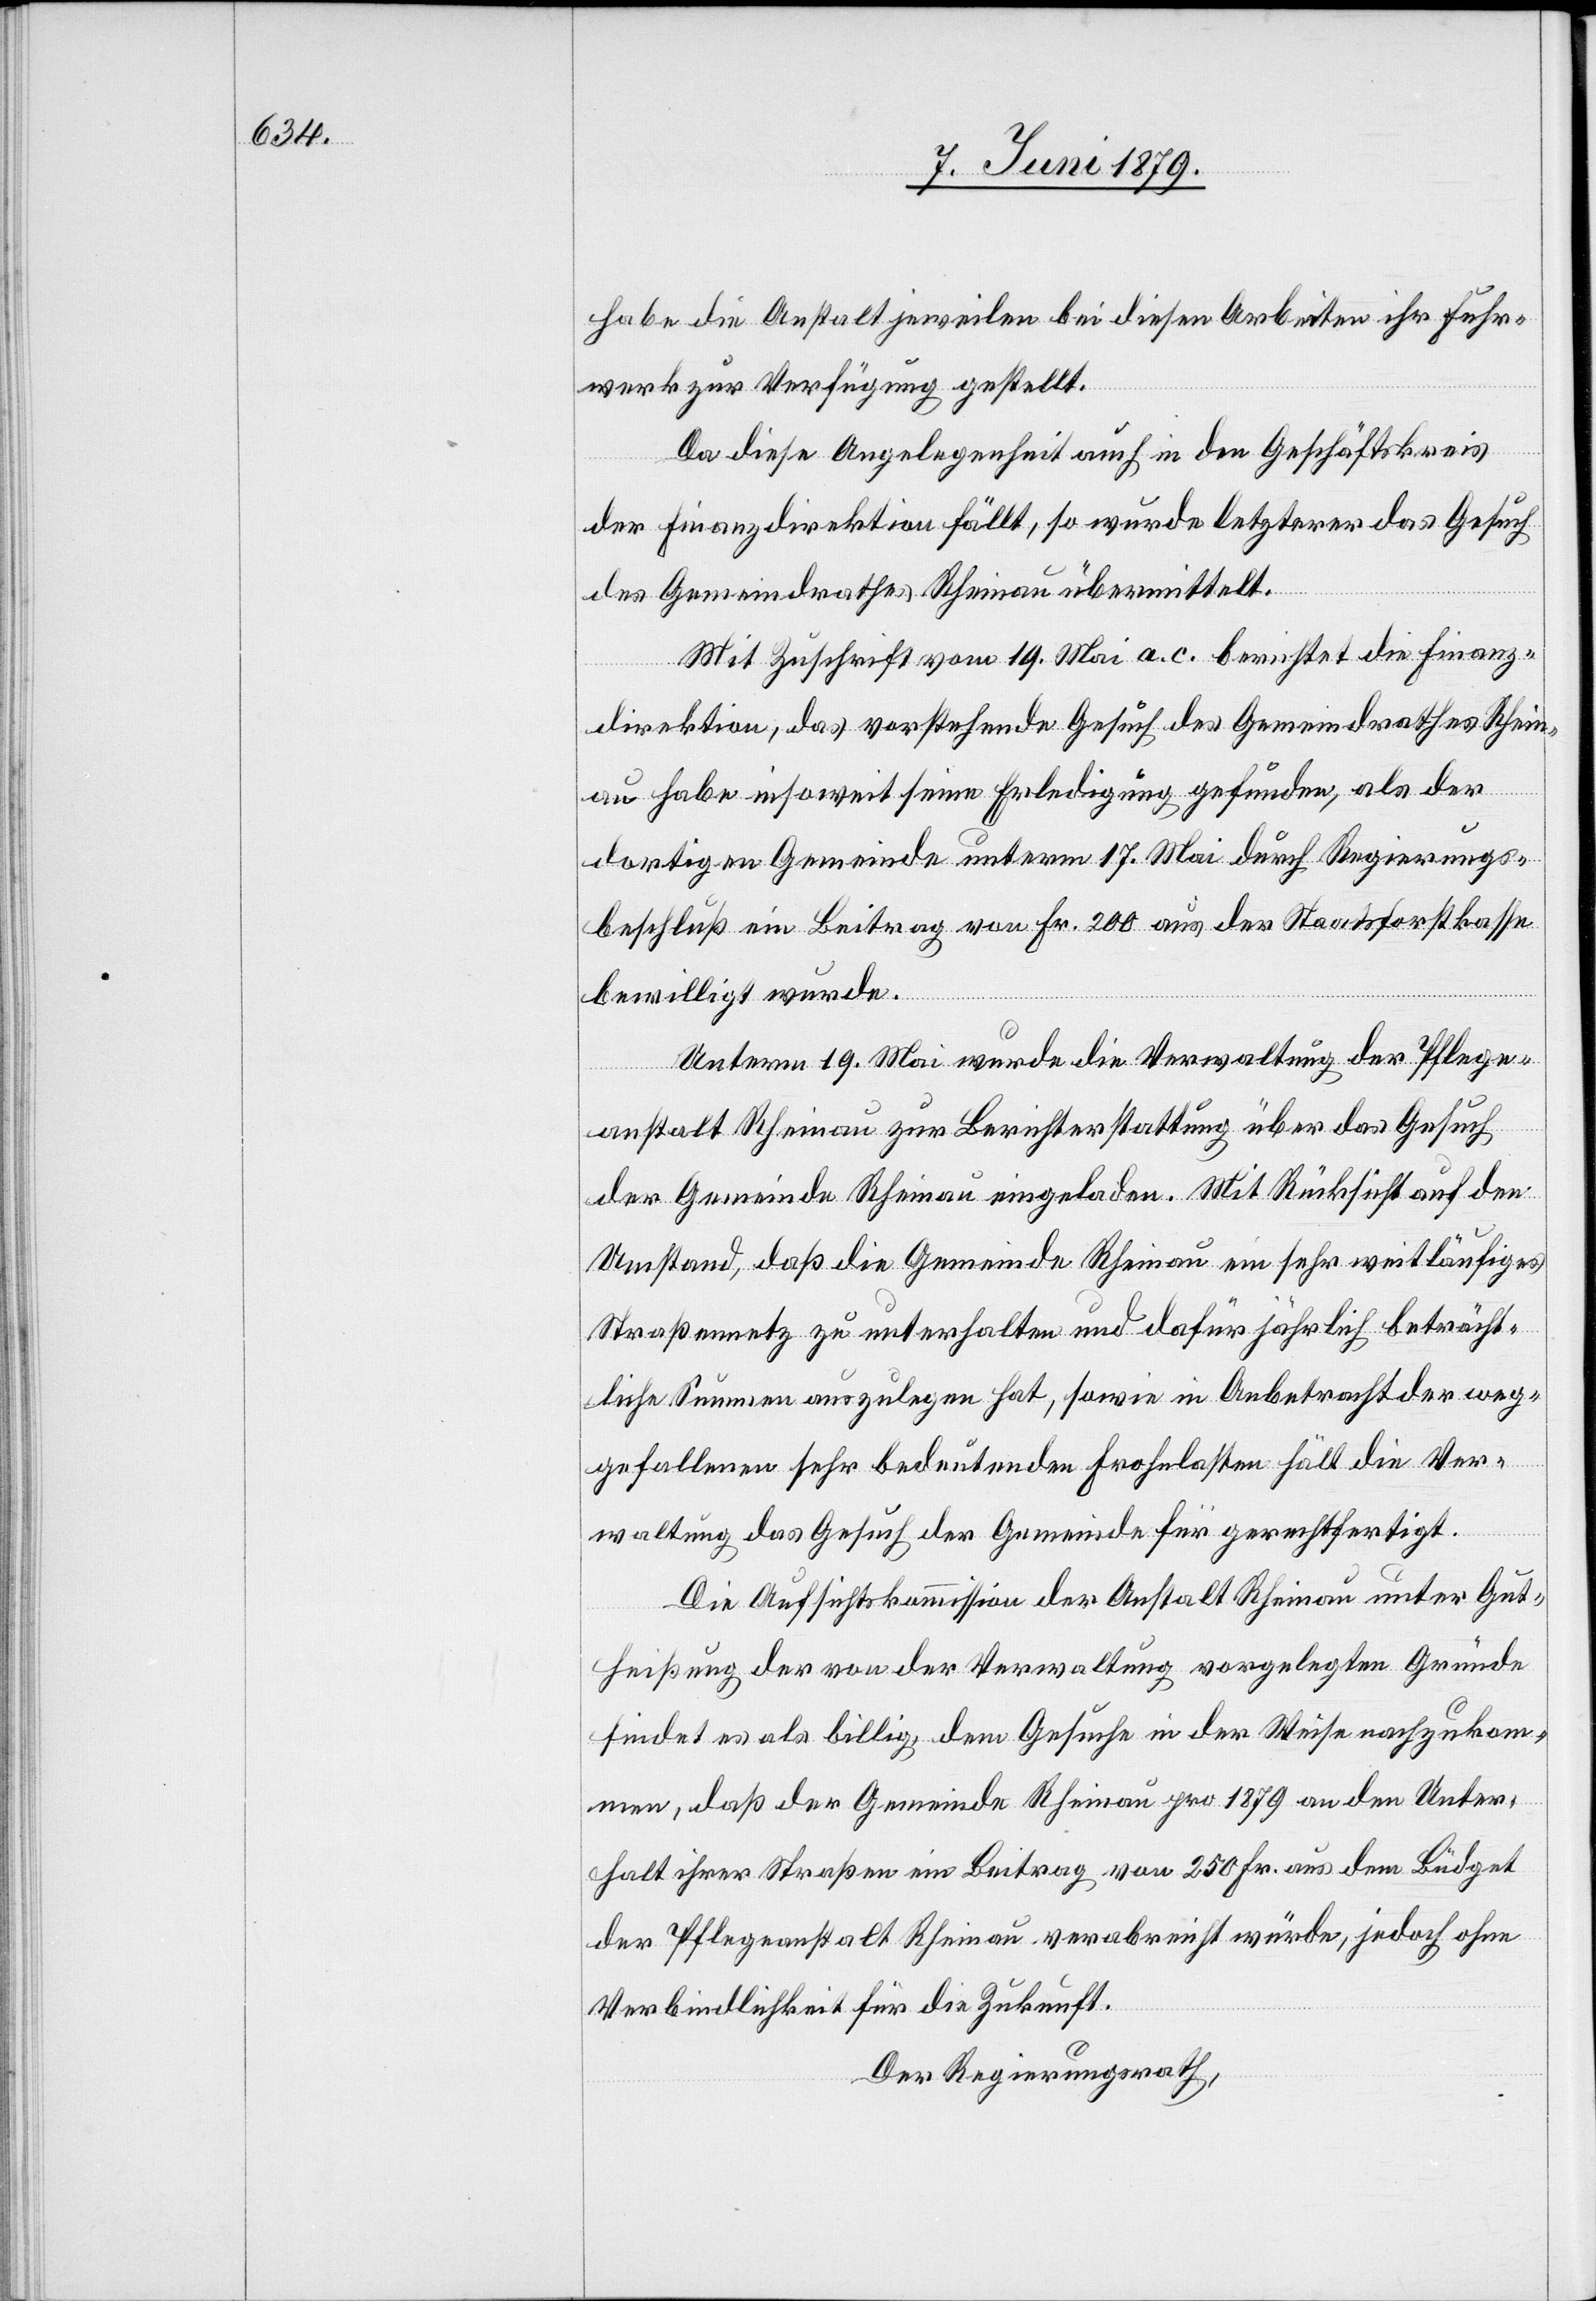
habe die Anstalt jeweilen bei diesen Arbeiten ihr Fuhr¬
werk zur Verfügung gestellt.
Da diese Angelegenheit auch in den Geschäftskreis
der Finanzdirektion fällt, so wurde letzterer das Gesuch
des Gemeindrathes Rheinau übermittelt.
Mit Zuschrift vom 19. Mai a. c. berichtet die Finanz¬
direktion, das vorstehende Gesuch des Gemeindrathes Rhein¬
au habe insoweit seine Erledigung gefunden, als der
dortigen Gemeinde unterm 17. Mai durch Regierungs¬
beschluß ein Beitrag von Fr. 200 aus der Staatsforstkasse
bewilligt wurde.
Unterm 19. Mai wurde die Verwaltung der Pflege¬
anstalt Rheinau zur Berichterstattung über das Gesuch
der Gemeinde Rheinau eingeladen. Mit Rücksicht auf den
Umstand, daß die Gemeinde Rheinau ein sehr weitläufiges
Straßennetz zu unterhalten und dafür jährlich beträcht¬
liche Summen auszulegen hat, sowie in Anbetracht der weg¬
gefallenen sehr bedeutenden Frohnlasten hält die Ver¬
waltung das Gesuch der Gemeinde für gerechtfertigt.
Die Aufsichtskommission der Anstalt Rheinau unter Gut¬
heißung der von der Verwaltung vorgelegten Gründe
findet es als billig, dem Gesuche in der Weise nachzukom¬
men, daß der Gemeinde Rheinau pro 1879 an den Unter¬
halt ihrer Straßen ein Beitrag von 250 Fr. aus dem Büdget
der Pflegeanstalt Rheinau verabreicht würde, jedoch ohne
Verbindlichkeit für die Zukunft.
Der Regierungsrath,